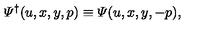
{ \mit \Psi } ^ { \dagger } ( u , x , y , p ) \equiv { \mit \Psi } ( u , x , y , - p ) ,